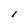
Character: l